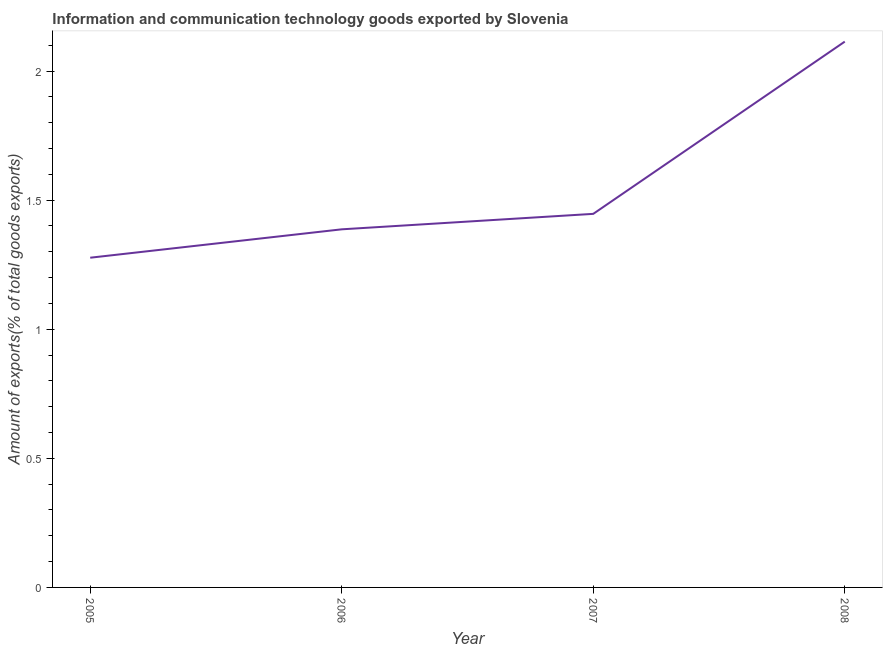
| Year | ICT goods exports |
 | --- | --- |
 | 2005 | 1.28 |
 | 2006 | 1.39 |
 | 2007 | 1.45 |
 | 2008 | 2.11 |